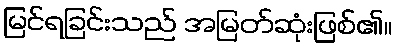
မြင်ရခြင်းသည် အမြတ်ဆုံးဖြစ်၏။